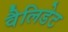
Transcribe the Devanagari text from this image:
वैलिडेट